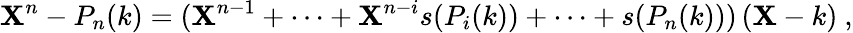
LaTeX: \mathbf{X}^{n}-P_{n}(k)=(\mathbf{X}^{n-1}+\dots+\mathbf{X}^{n-i}s(P_{i}(k))+\dots+s(P_{n}(k)))\, (\mathbf{X}-k)\ ,